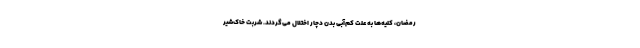
رمضان، کلیه‌ها به علّت کم‌آبی بدن دچار اختلال می‌گردند. شربت خاک‌شیر